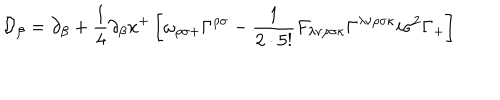
LaTeX: \mathcal { D } _ { \beta } = \partial _ { \beta } + \frac { 1 } { 4 } \partial _ { \beta } x ^ { + } \left[ \omega _ { \rho \sigma + } \Gamma ^ { \rho \sigma } - \frac { 1 } { 2 \cdot 5 ! } F _ { \lambda \nu \rho \sigma \kappa } \Gamma ^ { \lambda \nu \rho \sigma \kappa } i \sigma ^ { 2 } \Gamma _ { + } \right]